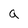
Character: a